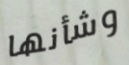
وشأنها